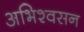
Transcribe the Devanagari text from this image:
अभिश्वसन